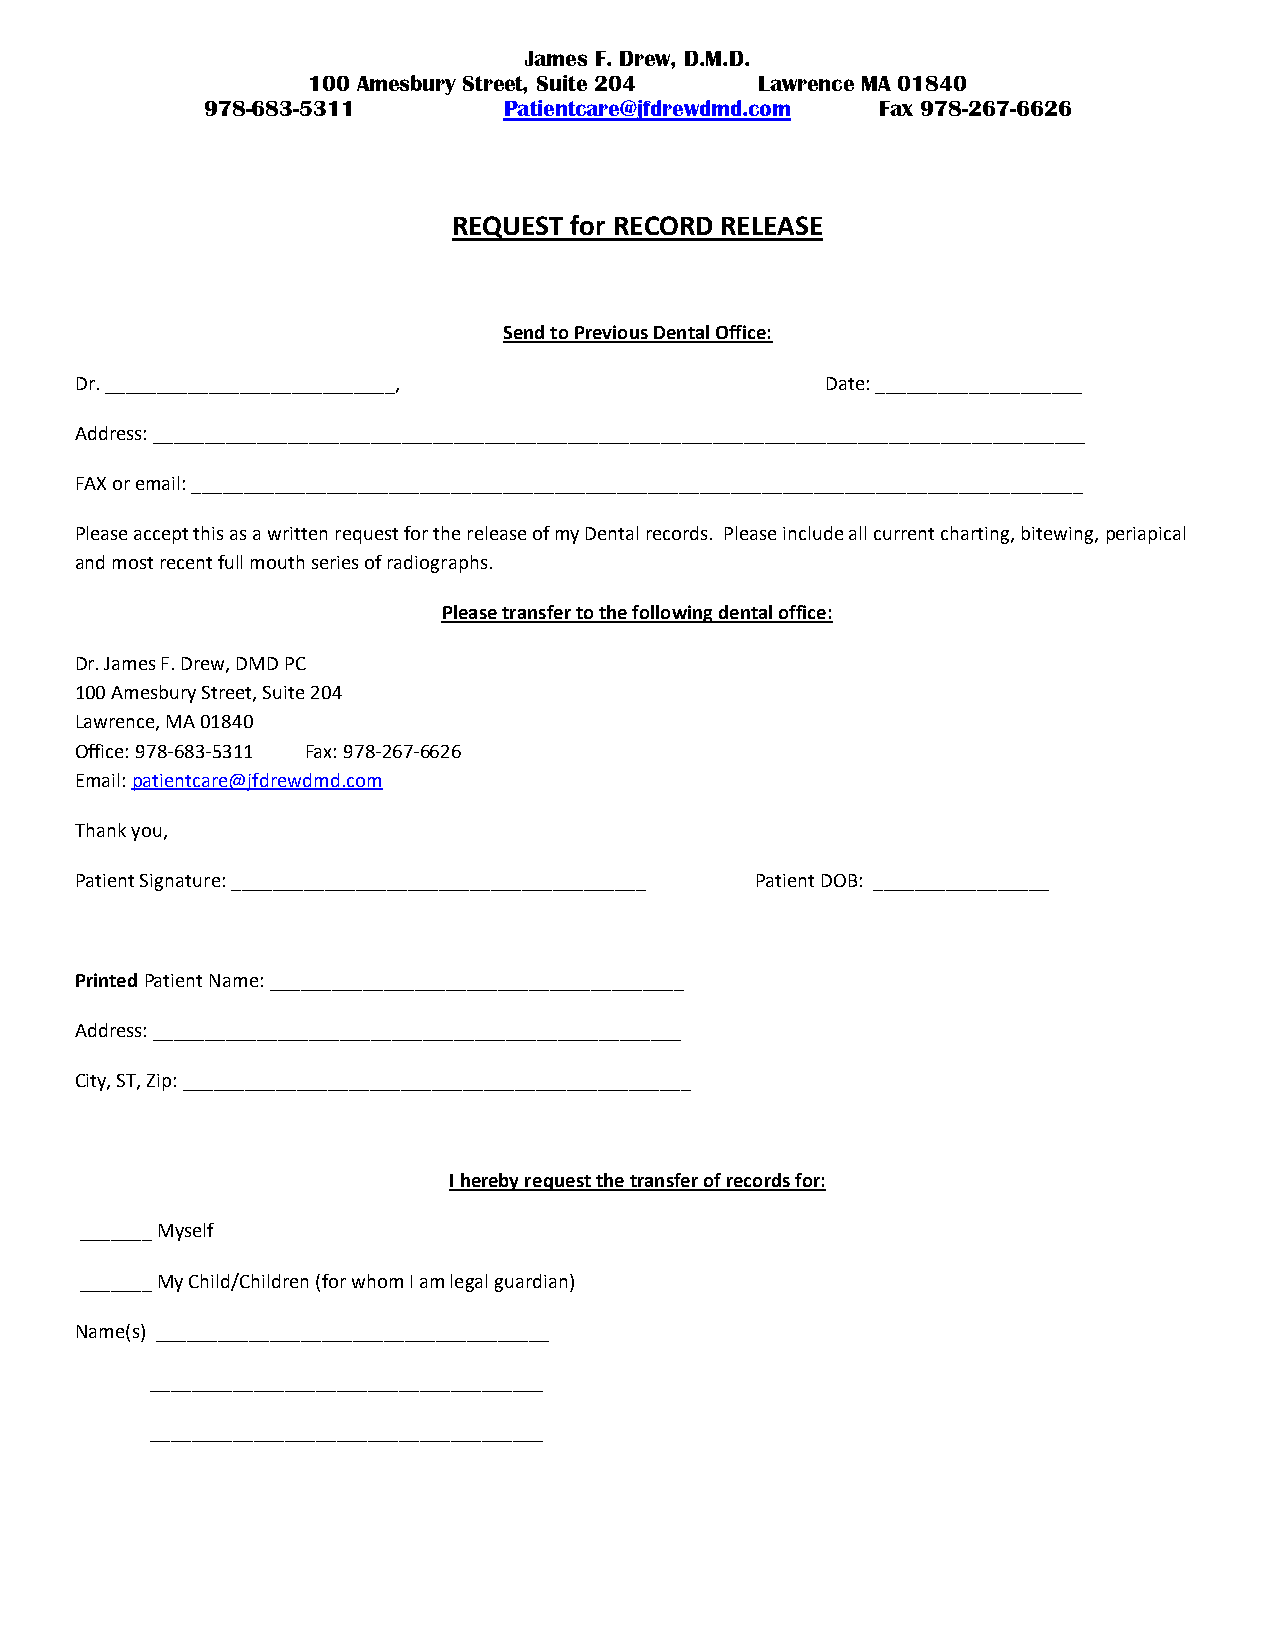
James F. Drew, D.M.D.
 100 Amesbury Street, Suite 204 Lawrence MA 01840
 978-683-5311        Patientcare@jfdrewdmd.com Fax 978-267-6626
 REQUEST for RECORD RELEASE
 Send to Previous Dental Office:
 Dr. ____________________________,                 Date: ____________________
 Address: __________________________________________________________________________________________
 FAX or email: ______________________________________________________________________________________
 Please accept this as a written request for the release of my Dental records. Please include all current charting, bitewing, periapical
 and most recent full mouth series of radiographs.
 Please transfer to the following dental office:
 Dr. James F. Drew, DMD PC
 100 Amesbury Street, Suite 204
 Lawrence, MA 01840
 Office: 978-683-5311 Fax: 978-267-6626
 Email: patientcare@jfdrewdmd.com
 Thank you,
 Patient Signature: ________________________________________ Patient DOB: _________________
 Printed Patient Name: ________________________________________
 Address: ___________________________________________________
 City, ST, Zip: _________________________________________________
 I hereby request the transfer of records for:
 _______ Myself
 _______ My Child/Children (for whom I am legal guardian)
 Name(s) ______________________________________
 ______________________________________
 ______________________________________